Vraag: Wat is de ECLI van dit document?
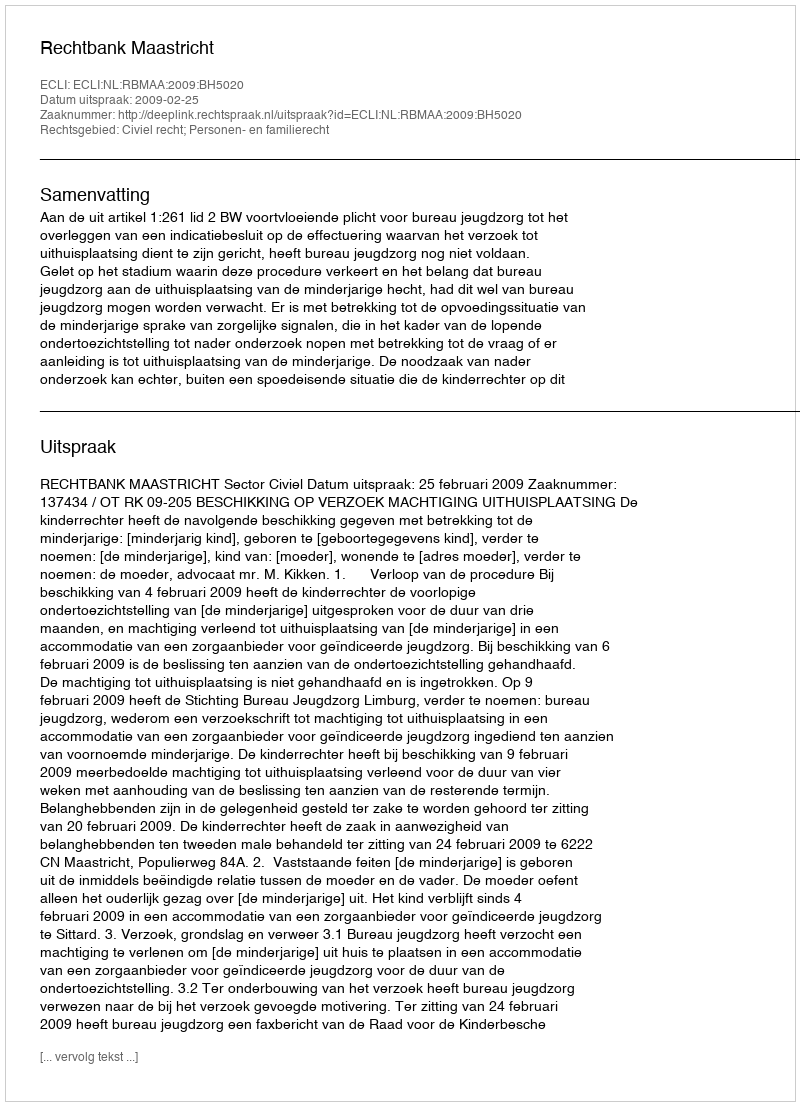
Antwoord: ECLI:NL:RBMAA:2009:BH5020